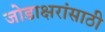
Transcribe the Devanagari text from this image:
जोडाक्षरांसाठी